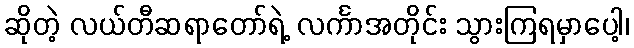
ဆိုတဲ့ လယ်တီဆရာတော်ရဲ့ လင်္ကာအတိုင်း သွားကြရမှာပေါ့၊